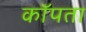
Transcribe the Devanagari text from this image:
कॉपता